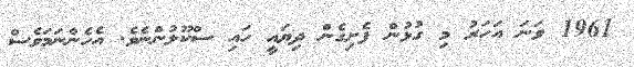
1961 ވަނަ އަހަރު މި ގުޅުން ފެށިގެން ދިޔައީ ހައި ސްކޫލުންނެވެ. އެހެންނަމަވެސް